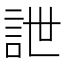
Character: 詍